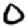
Digit: 0